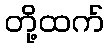
တို့ထက်